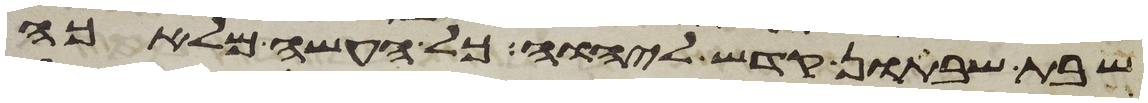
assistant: שבת שבתון קדש ליהוה כל העשה מלאכה